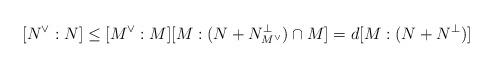
LaTeX: \begin{align*}[N^{\vee}:N] \leq [M^{\vee}:M][M:(N+N_{M^{\vee}}^{\perp})\cap M] =d [M: (N+N^{\perp})]\end{align*}